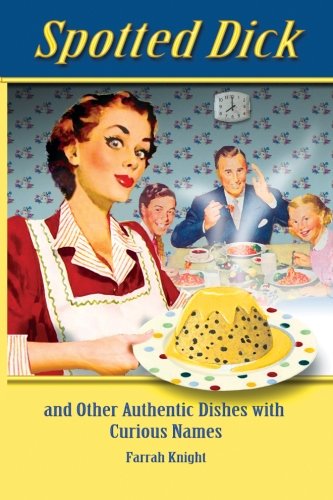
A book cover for Spotted Dick: and other Authentic Dishes with Curious Names (Retro Cookbooks) (Volume 1); Farrah Knight; Humor & Entertainment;